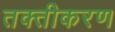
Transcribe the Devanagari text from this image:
तक्तीकरण